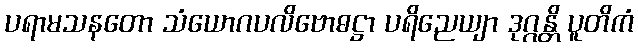
ပရာမသနတော သံယောဂပလိဗောဓဋ္ဌာ ပရိညေယျာ ဒုဂ္ဂန္တိ ပူတိကံ